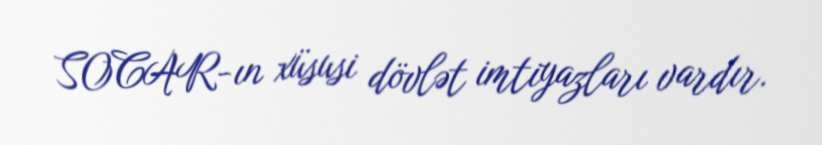
SOCAR-ın xüsusi dövlət imtiyazları vardır.